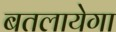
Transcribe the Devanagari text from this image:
बतलायेगा